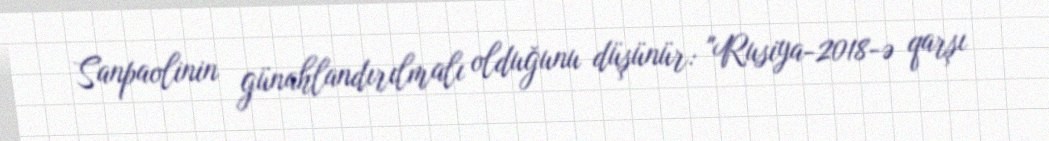
Sanpaolinin günahlandırılmalı olduğunu düşünür: "Rusiya-2018-ə qarşı